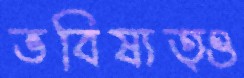
ভবিষ্যত্ও